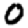
Digit: 0